Tartu_Kolgata_baptistikogudus, lk 15
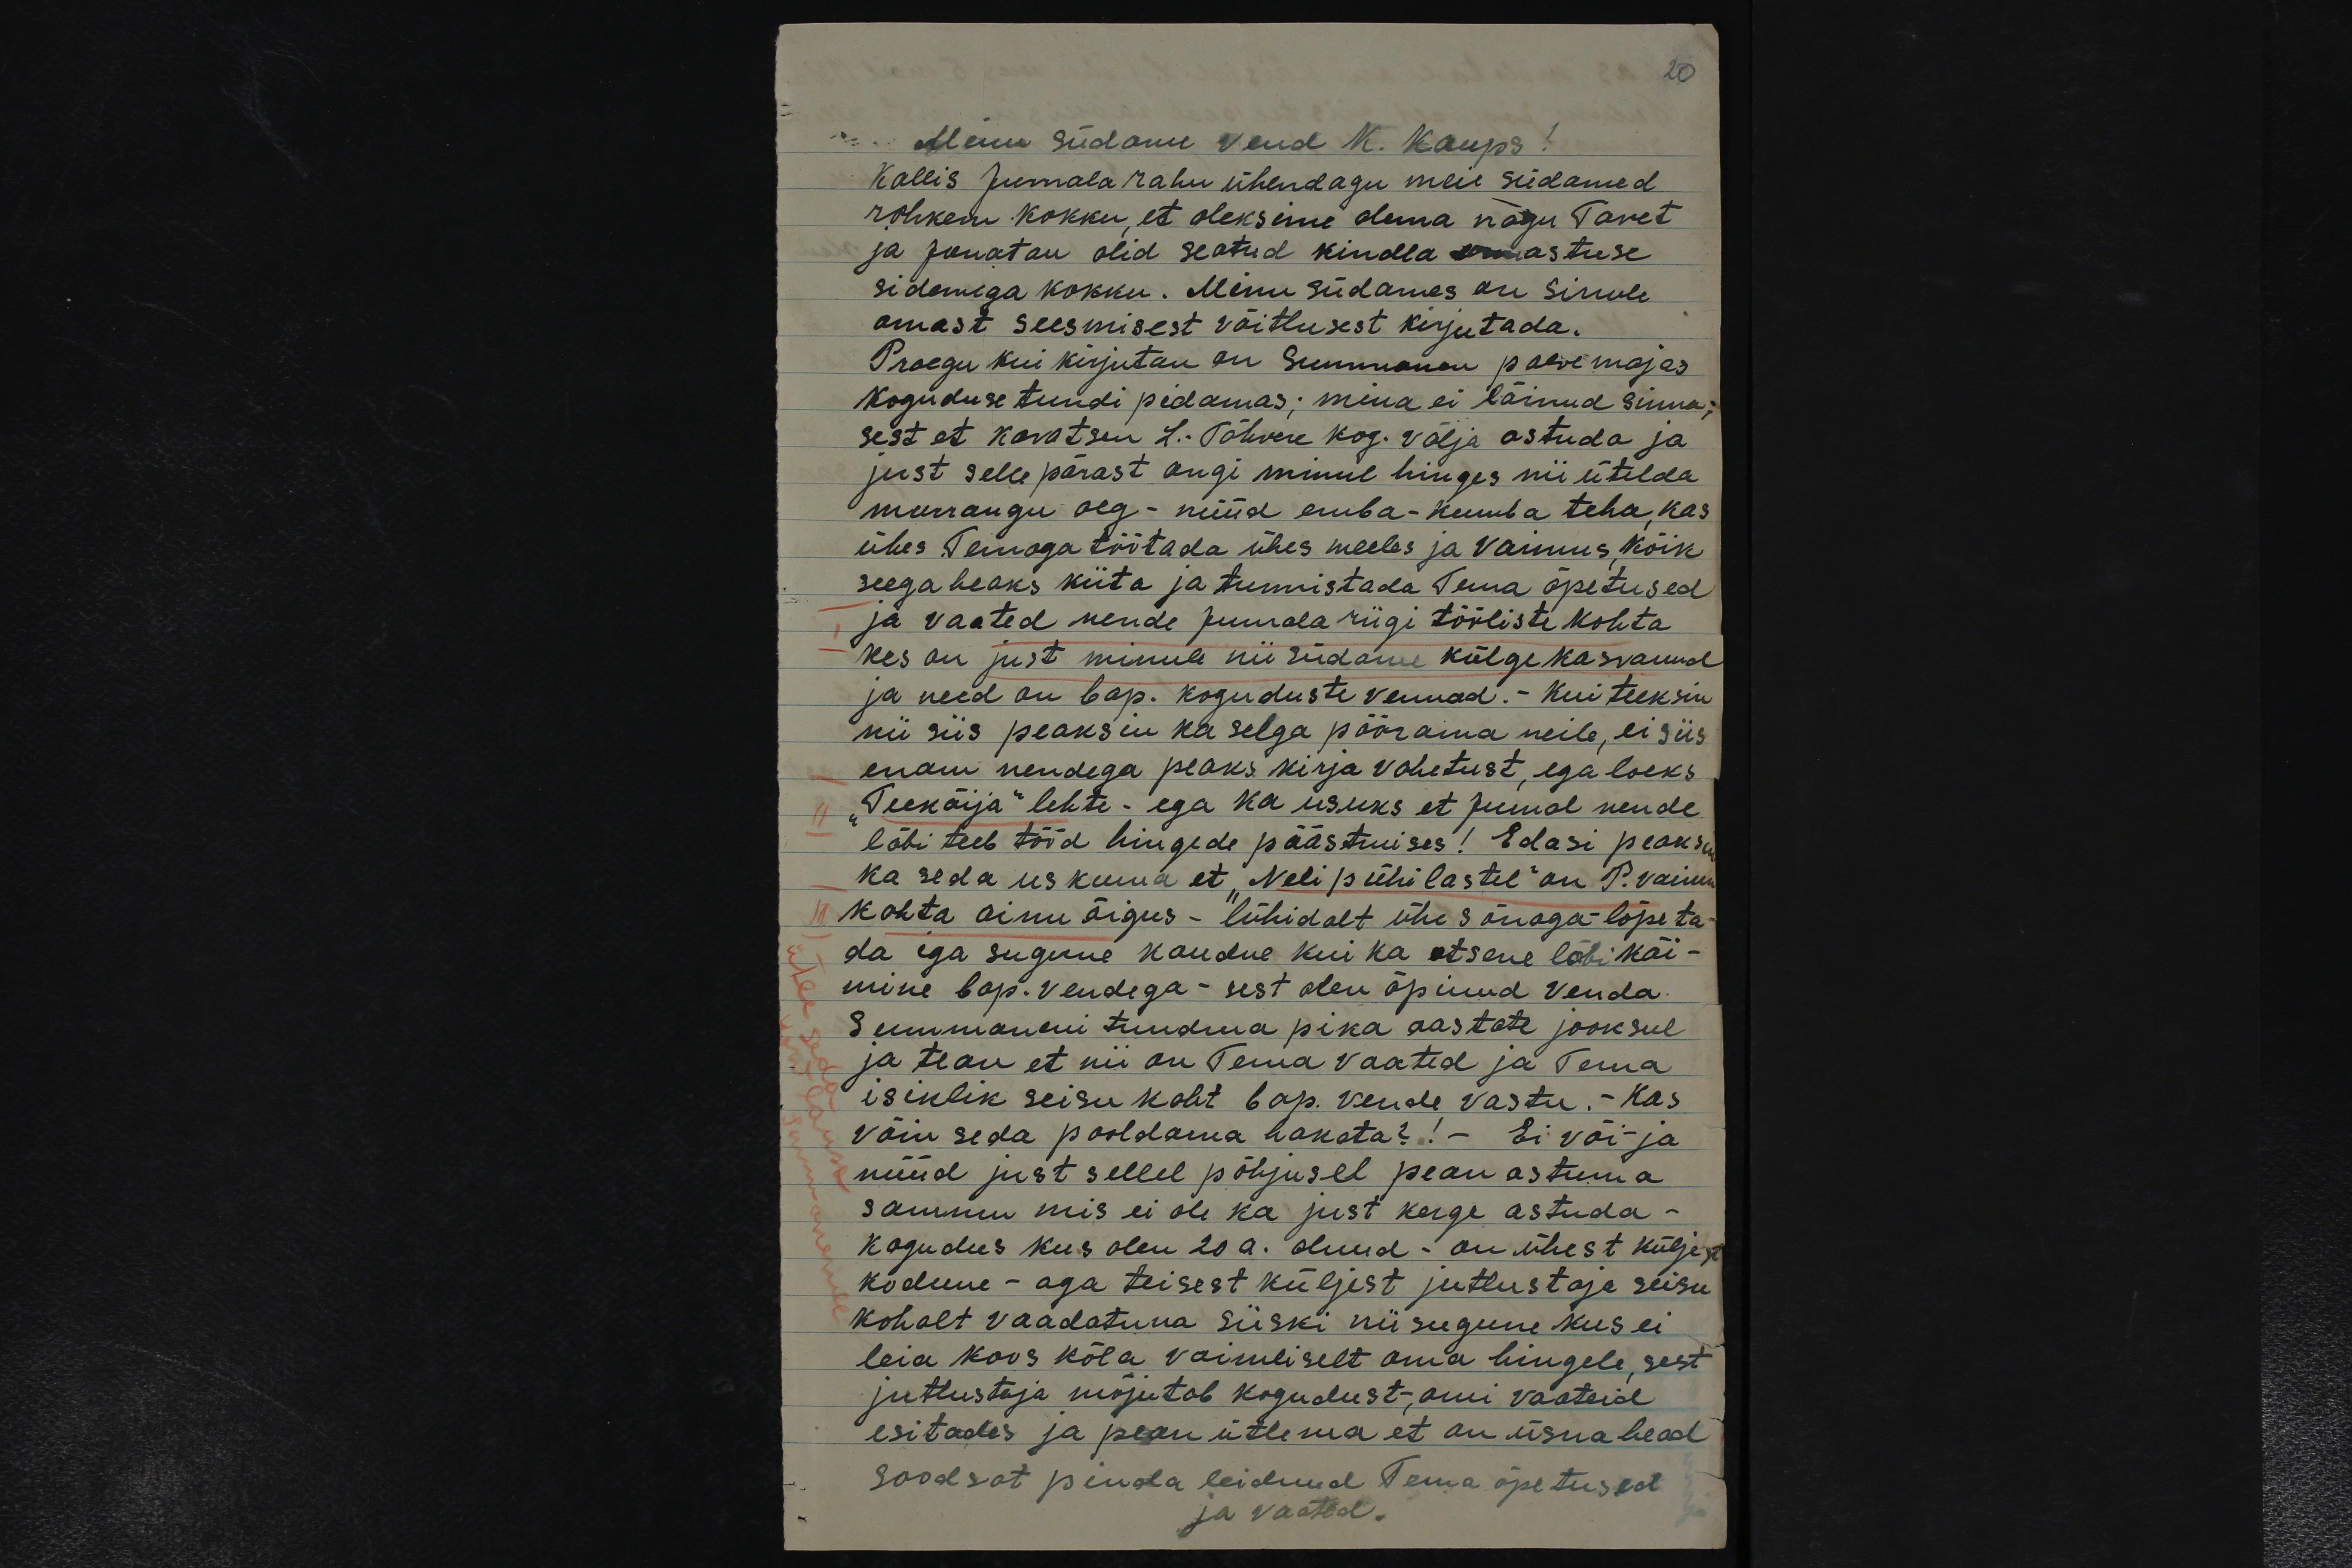
20

Minu südame vend K. Kaups!
Kallis Jumala rahu ühendagu meie südamed
rohkem kokku, et oleksime olema nagu Tavet
ja Jonatan olid seatud kindla armastuse
sidemega kokku. Minu südames on Sinule
omast seesmisest võitlusest kirjutada.
Praegu kui kirjutan on Summanen palve majas
koguduse tundi pidamas; mina ei läinud sinna;
sest et kavatsen L.-Tähvere kog. välja astuda ja
just sellepärast ongi minul hinges nii ütelda.
murrangu aeg - nüüd emba-kumba teha, kas
ühes Temaga töötada ühes meeles ja Vaimus, kõik
seega heaks kiita ja tunnistada Tema õpetused
ja vaated nende Jumala riigi tööliste kohta
kes on just minule nii südame külge kasvanud
ja need on bap. koguduste vennad. Kui teeksin
nii siis peaksin ka selga pöörama neile, ei siis
enam nendega peaks kirja vahetust, ega loeks
"Teekäija" lehte - ega ka usuks et Jumal nende
läbi teeb tööd hingede päästmises! Edasi peaksin
ka seda uskuma et "Neli pühilastel" on P. vaimu
kohta ainuõigus - lühidalt ühe sõnaga - lõpeta-
da iga sugune kaudne kui ka otsene läbi käi-
mine bap. vendega - sest olen õpinud Venda
Summaneni tundma pika aastate jooksul
ja tean et nii on Tema vaated ja Tema
isiklik seisukoht bap. vende vastu. - Kas
võin seda pooldama hakata?! - Ei või - ja
nüüd just sellel põhjusel pean astuma
sammu mis ei ole ka just kerge astuda -
kogudus kus olen 20 a. olnud - on ühest küljest
kodune - aga teisest küljest jutlustaja seisu
kohalt vaadatuna siiski niisugune kus ei
leia koos kõla vaimliselt oma hingele, sest
jutlustaja mõjutab kogudust, omi vaateid
esitades ja pean ütlema et on üsna head
soodsat pinda leidnud Tema õpetused
ja vaated.